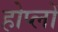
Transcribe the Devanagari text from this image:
होप्लों